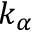
k _ { \alpha }